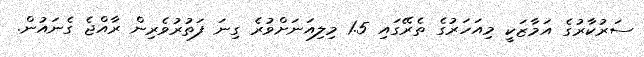
ސަރުކާރުގެ އަމާޒަކީ މިއަހަރުގެ ތެރޭގައި 1.5 މިލިއަނަށްވުރެ ގިނަ ފަތުރުވެރިން ރާއްޖެ ގެނައުން.